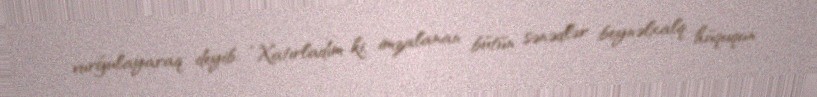
vurğulayaraq deyib: “Xatırladım ki, imzalanan bütün sənədlər beynəlxalq hüququn